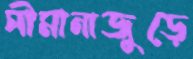
সীমানাজুড়ে